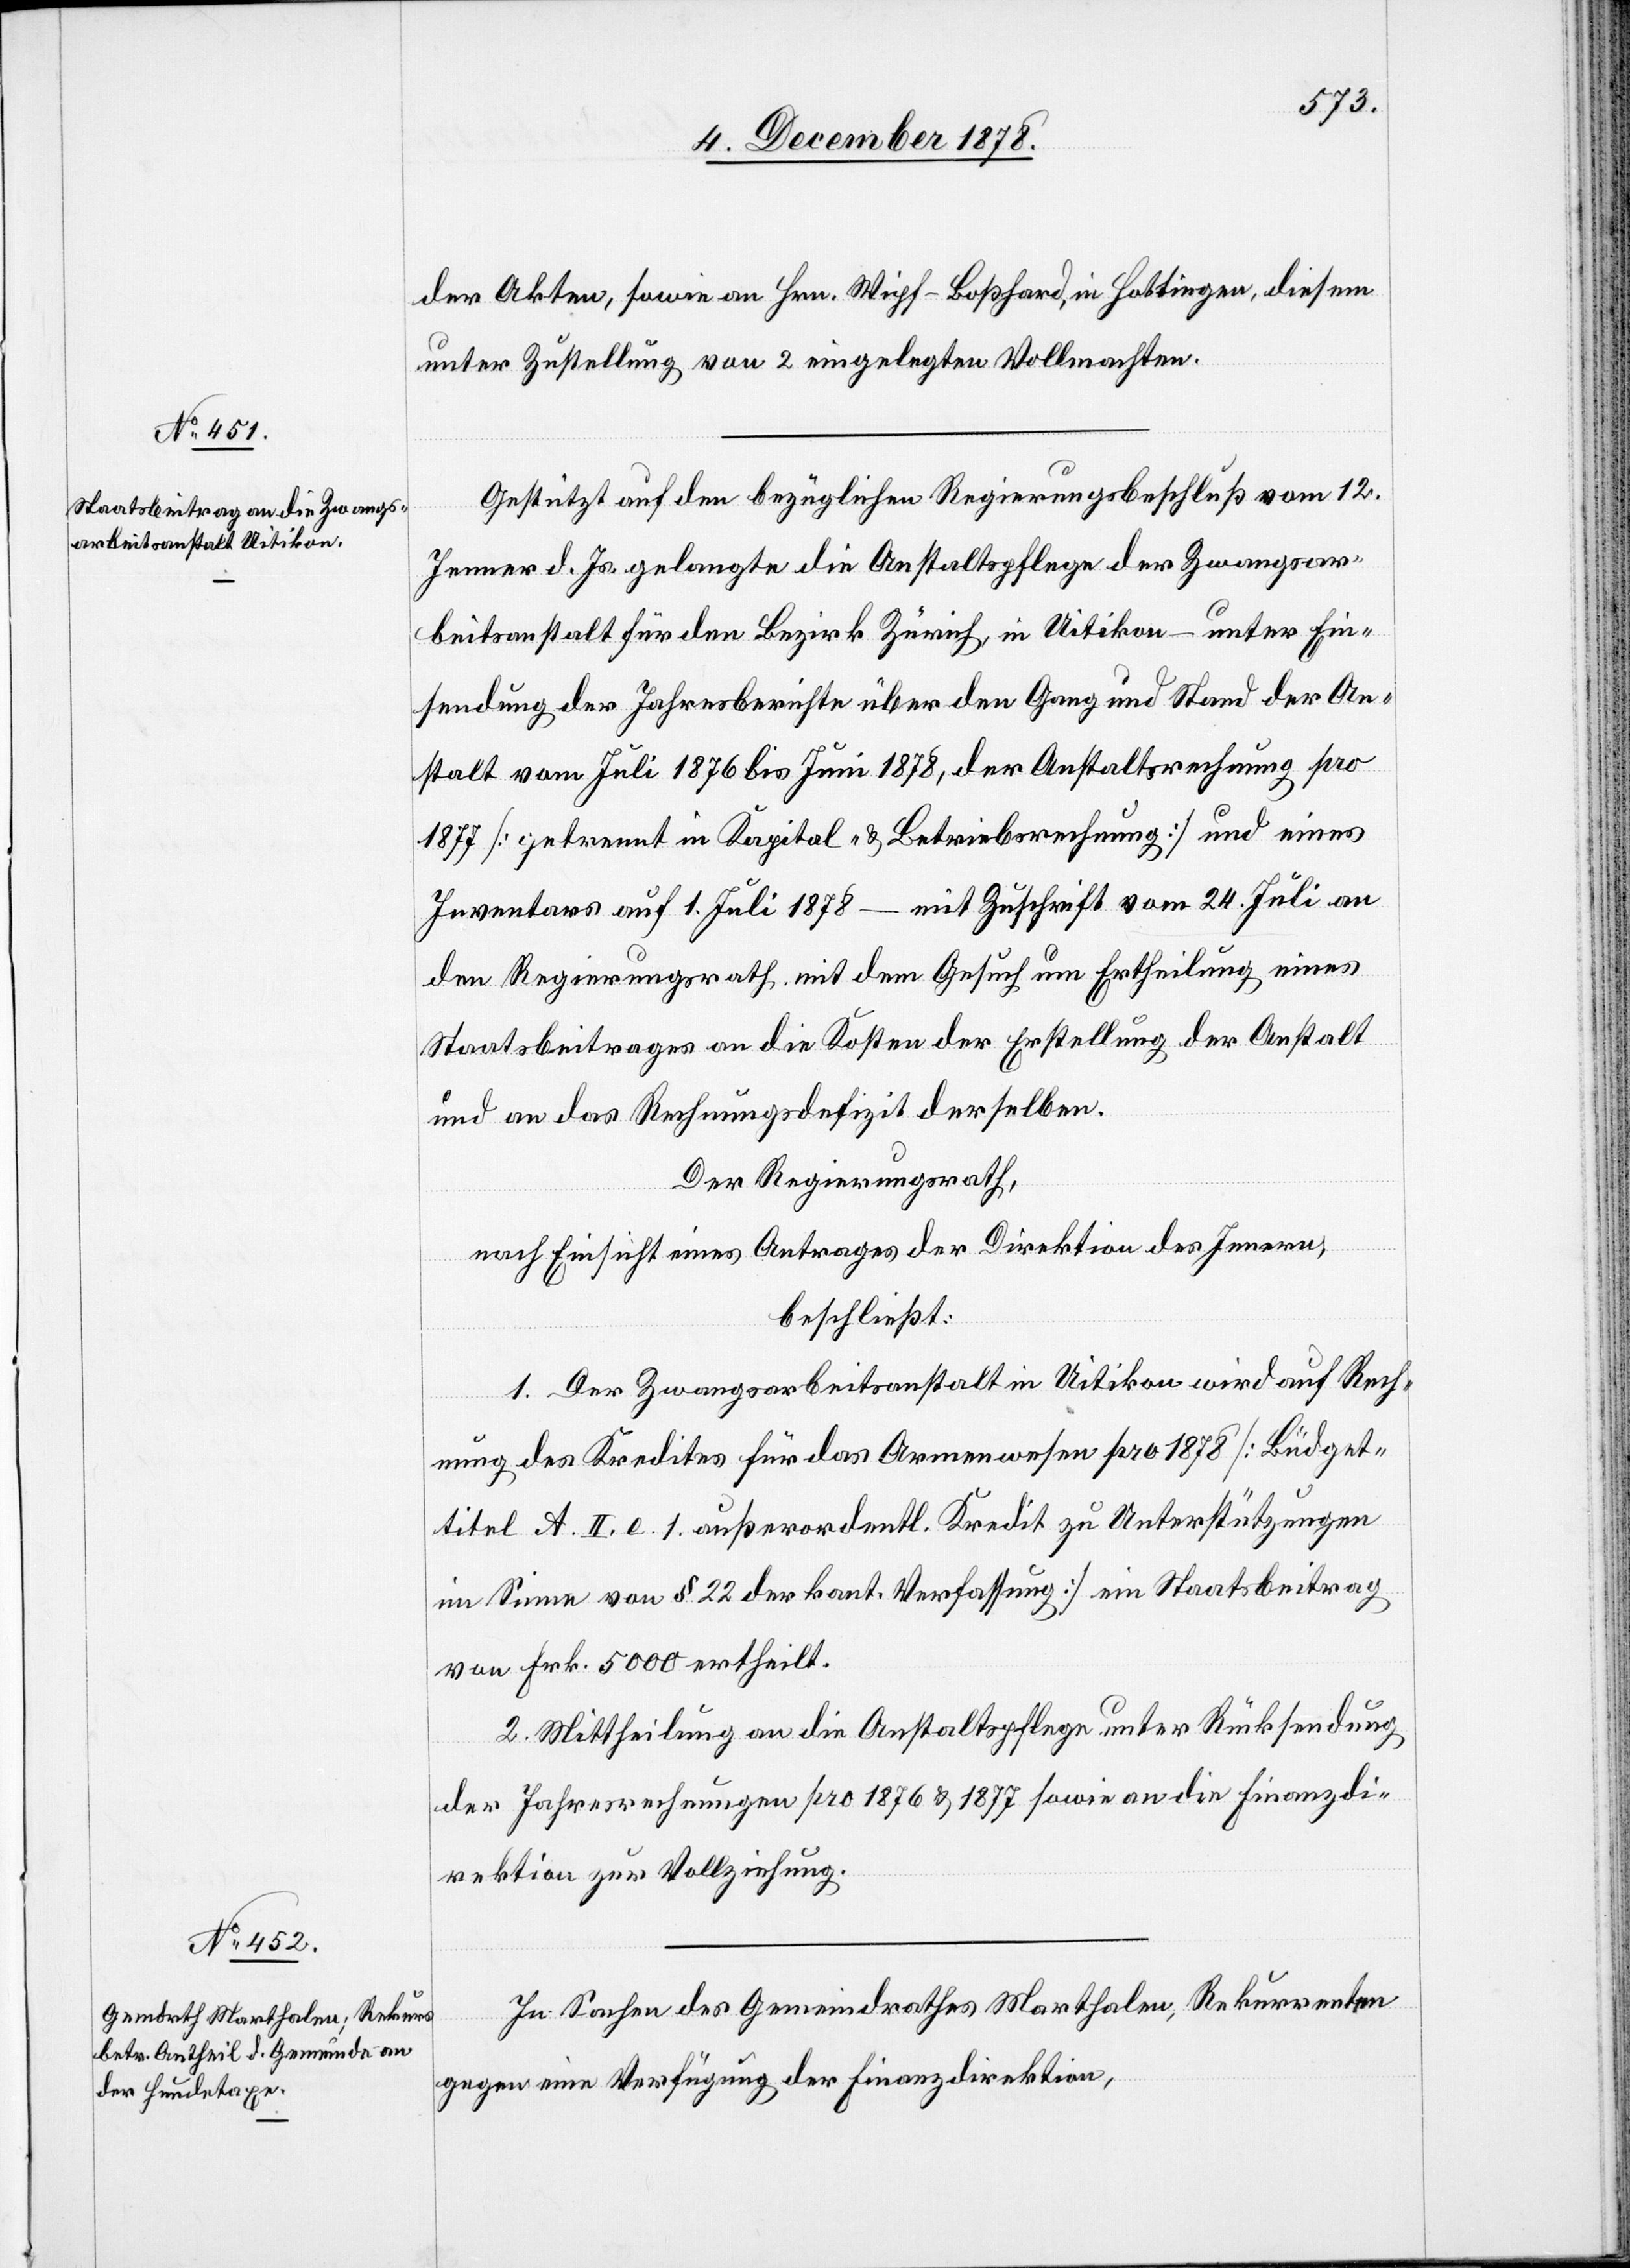
der Akten, sowie an Hrn. Wipf-Boßhard, in Hottingen, diesem
unter Zustellung von 2 eingelegten Vollmachten.
Gestützt auf den bezüglichen Regierungsbeschluß vom 12.
Jenner d. Js. gelangte die Anstaltspflege der Zwangsar¬
beitsanstalt für den Bezirk Zürich, in Uitikon – unter Ein¬
sendung der Jahresberichte über den Gang und Stand der An¬
stalt vom Juli 1876 bis Juni 1878, der Anstaltsrechnung pro
1877 [getrennt in Kapital- & Betriebsrechnung] und eines
Inventars auf 1. Juli 1878 – mit Zuschrift vom 24. Juli an
den Regierungsrath, mit dem Gesuch um Ertheilung eines
Staatsbeitrages an die Kosten der Erstellung der Anstalt
und an das Rechnungsdefizit derselben.
Der Regierungsrath,
nach Einsicht eines Antrages der Direktion des Innern,
beschließt:
1. Der Zwangsarbeitsanstalt in Uitikon wird auf Rech¬
nung des Kredites für das Armenwesen pro 1878 [Büdget¬
titel A. II. e. 1. außerordentl. Kredit zu Unterstützungen
im Sinne von § 22 der kant. Verfassung] ein Staatsbeitrag
von Frk. 5000 ertheilt.
2. Mittheilung an die Anstaltspflege unter Rücksendung
der Jahresrechnungen pro 1876 & 1877 sowie an die Finanzdi¬
rektion zur Vollziehung.
In Sachen des Gemeindrathes Marthalen, Rekurrenten
gegen eine Verfügung der Finanzdirektion,